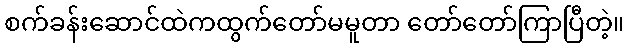
စက်ခန်းဆောင်ထဲကထွက်တော်မမူတာ တော်တော်ကြာပြီတဲ့။